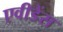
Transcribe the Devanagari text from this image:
एवीडेंस